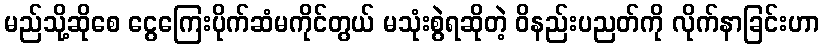
မည်သို့ဆိုစေ ငွေကြေးပိုက်ဆံမကိုင်တွယ် မသုံးစွဲရဆိုတဲ့ ဝိနည်းပညတ်ကို လိုက်နာခြင်းဟာ